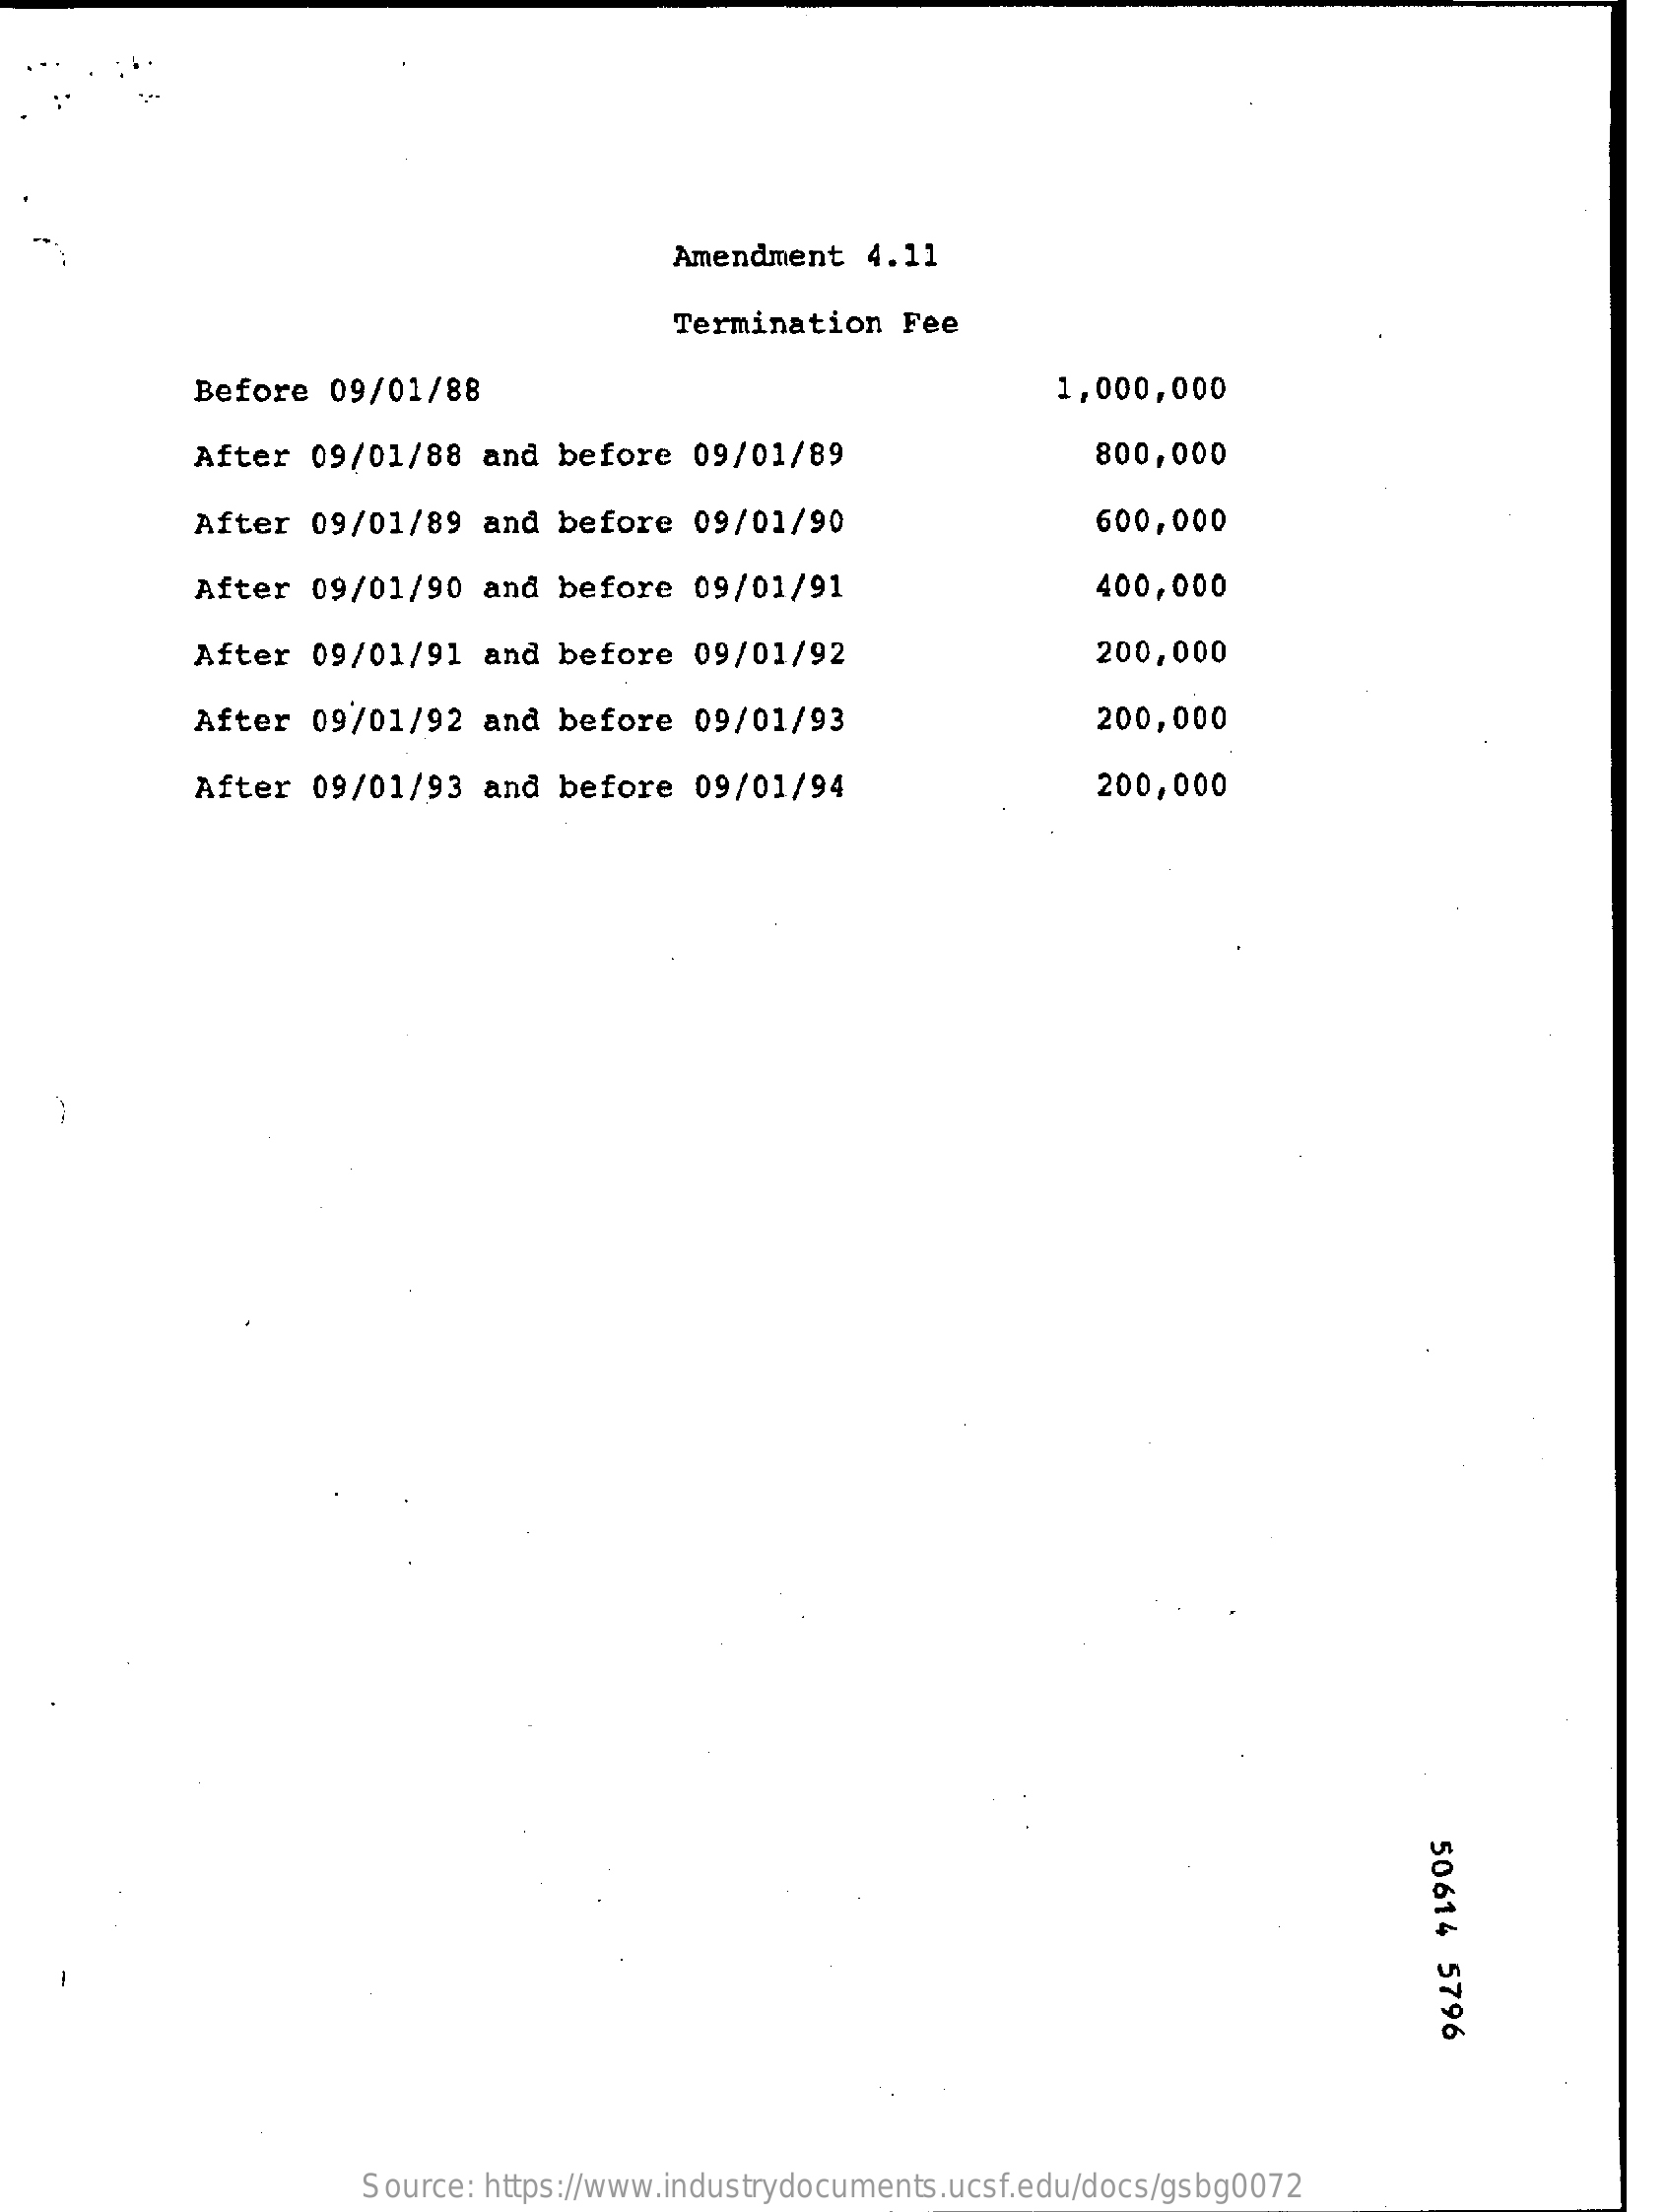
Amendment  4.11
     Termination   Fee
     Before  09/01/88    1,000,000
     After   09/01/88  and  before   09/01/89    800,000
     After 09/01/89   and  before   09/01/90    600,000
     After  09/01/90   and  before   09/01/91    400,000
     After  09/01/91   and  before   09/01/92    200,000
     After 09/01/92   and  before   09/01/93    200,000
     After  09/01/93  and  before   09/01/94    200,000
     50614
     5796
     Source: https://www.industrydocuments.ucsf.edu/docs/gsbg0072